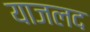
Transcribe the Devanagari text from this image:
याजलद